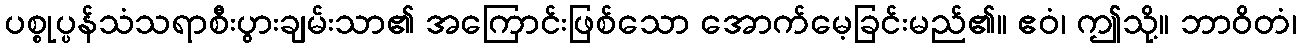
ပစ္စုပ္ပန်သံသရာစီးပွားချမ်းသာ၏ အကြောင်းဖြစ်သော အောက်မေ့ခြင်းမည်၏။ ဧဝံ၊ ဤသို့။ ဘာဝိတံ၊